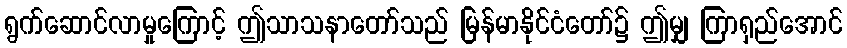
ရွက်ဆောင်လာမှုကြောင့် ဤသာသနာတော်သည် မြန်မာနိုင်ငံတော်၌ ဤမျှ ကြာရှည်အောင်